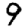
Digit: 9